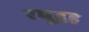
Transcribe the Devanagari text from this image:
रघूद्वह